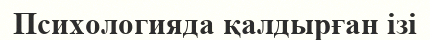
Психологияда қалдырған ізі